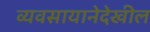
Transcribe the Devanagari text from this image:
व्यवसायानेदेखील